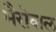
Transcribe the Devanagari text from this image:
भैरोवाल